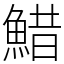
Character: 䱜